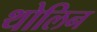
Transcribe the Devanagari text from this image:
थोलिन